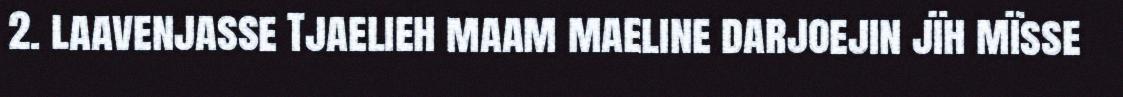
2. laavenjasse Tjaelieh maam maeline darjoejin jïh mïsse